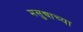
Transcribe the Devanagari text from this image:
मसुद्याच्या